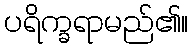
ပရိက္ခရာမည်၏။